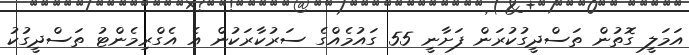
އަމަލީ ގޮތުން ތަސްދީގުކުރަން ފަށާނީ 55 ގައުމެއްގެ ސަރުކާރަކުން އެ އެގްރިމެންޓު ތަސްދީގުކު